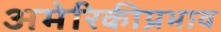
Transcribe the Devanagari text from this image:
अमेरिकीप्रभाव